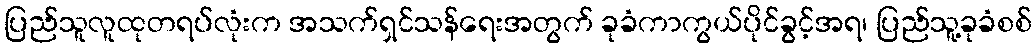
ပြည်သူလူထုတရပ်လုံးက အသက်ရှင်သန်ရေးအတွက် ခုခံကာကွယ်ပိုင်ခွင့်အရ၊ ပြည်သူ့ခုခံစစ်